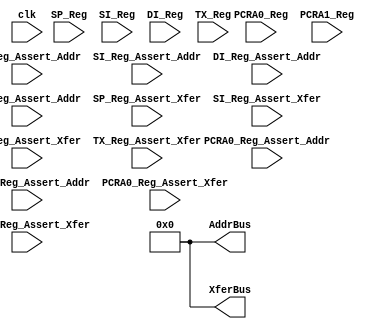
// -----------------------------------------------------------------------------
// Title   : 16-bit Bus Driver MUXes (bus_asserts_16bit.v)
// Create  : Wed 21 Dec 00:52:16 GMT 2022
//
// Name    : JAM-1 8-bit Pipelined CPU in Verilog
// GitHub  : https://github.com/m1geo/JamesSharmanPipelinedCPU
// CPU Dsn : James Sharman; Video Series => https://youtu.be/3iHag4k4yEg
//
// Desc.   : MUX to handle which block is driving each 16-bit
//         : Asserts are active low
// -----------------------------------------------------------------------------

module bus_asserts_16bit
(
	// Clock & Reset
    input        clk,
    
    // Input Buses
    input  [15:0] PCRA0_Reg,
    input  [15:0] PCRA1_Reg,
    input  [15:0] SP_Reg,
    input  [15:0] SI_Reg,
    input  [15:0] DI_Reg,
    input  [15:0] TX_Reg,
    
    // Output Buses
    output [15:0] AddrBus,
    output [15:0] XferBus,
    
    // Address Asserts
    input         PCRA0_Reg_Assert_Addr,
    input         PCRA1_Reg_Assert_Addr,
    input         SP_Reg_Assert_Addr,
    input         SI_Reg_Assert_Addr,
    input         DI_Reg_Assert_Addr,
    input         TX_Reg_Assert_Addr,

    // Transfer Asserts
    input         PCRA0_Reg_Assert_Xfer,
    input         PCRA1_Reg_Assert_Xfer,
    input         SP_Reg_Assert_Xfer,
    input         SI_Reg_Assert_Xfer,
    input         DI_Reg_Assert_Xfer,
    input         TX_Reg_Assert_Xfer
);

	// Address Bus
	assign AddrBus = 16'b0;
	
	// Transfer Bus
	assign XferBus = 16'b0;
	
endmodule //end:bus_asserts_16bit